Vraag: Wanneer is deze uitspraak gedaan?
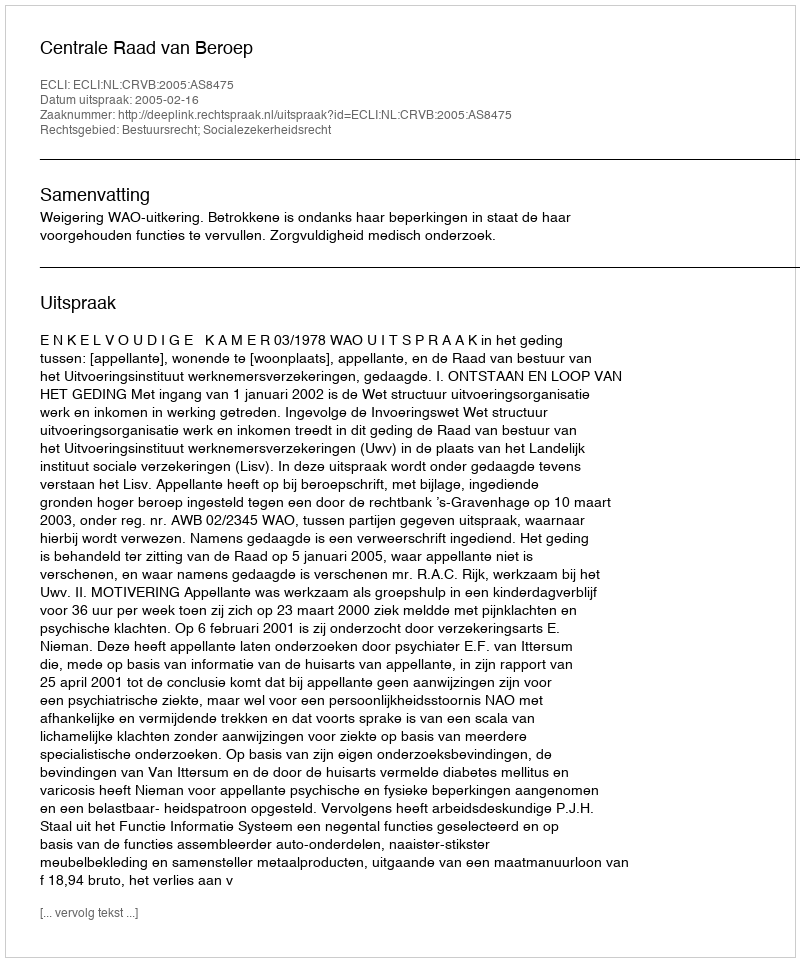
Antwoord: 2005-02-16